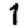
Digit: 1